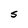
Character: S